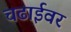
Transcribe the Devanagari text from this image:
चढाईवर